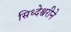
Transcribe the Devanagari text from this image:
सिध्देश्वरीने